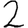
Digit: 2